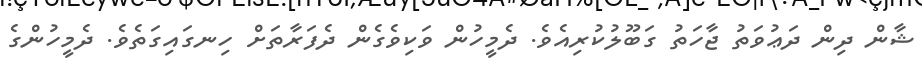
ޝާން ދިން ދަޢުވަތު ޖާހަތު ގަބޫލުކުރިއެވެ. ދެމީހުން ވަކިވެގެން ދެފަރާތަށް ހިނގައިގަތެވެ. ދެމީހުންގެ